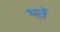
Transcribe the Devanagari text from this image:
भर्ते